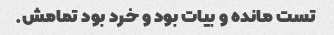
تست مانده و بیات بود و خرد بود تمامش.